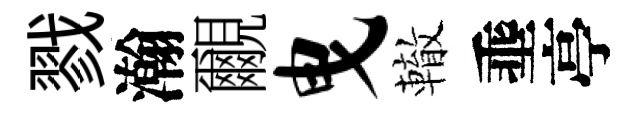
戮瀚覼曳轍埀亭